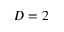
D = 2